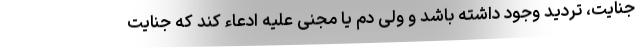
جنایت، تردید وجود داشته باشد و ولی دم یا مجنی علیه ادعاء کند که جنایت